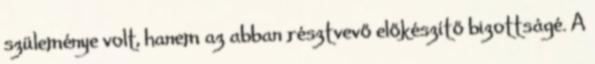
szüleménye volt, hanem az abban résztvevő előkészítő bizottságé. A